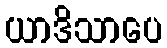
ယာဒိသာပေ